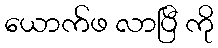
ယောက်ဖ လာပြီ ကို